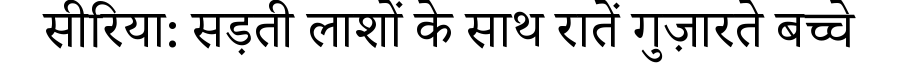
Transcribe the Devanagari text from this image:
सीरिया: सड़ती लाशों के साथ रातें गुज़ारते बच्चे